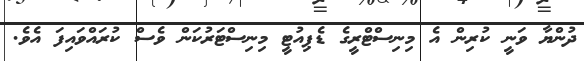
ދުންޔާ ވަނީ ކުރިން އެ މިނިސްޓްރީގެ ޑެޕިއުޓީ މިނިސްޓަރުކަން ވެސް ކުރައްވައިފަ އެވެ.